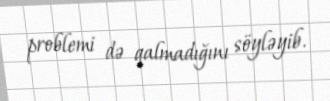
problemi də qalmadığını söyləyib.